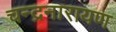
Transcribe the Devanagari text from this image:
चन्द्रनारायण